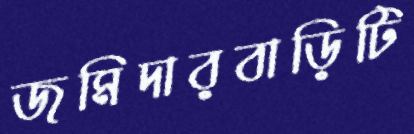
জমিদারবাড়িটি